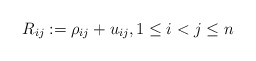
\begin{gather*} R_{ij}:= \rho_{ij}+ u_{ij},1 \le i < j \le n\end{gather*}